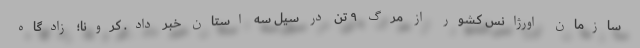
سازمان اورژانس کشور از مرگ ۹ تن در سیل سه استان خبر داد. کرونا؛ زادگاه